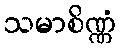
သမာစိဏ္ဏံ